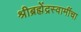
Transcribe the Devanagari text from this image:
श्रीब्रह्मेंद्रस्वामींचा